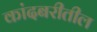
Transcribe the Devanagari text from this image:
कांदबरीतील